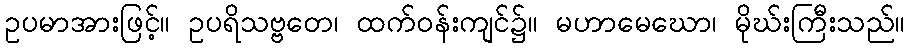
ဥပမာအားဖြင့်။ ဥပရိသဗ္ဗတေ၊ ထက်ဝန်းကျင်၌။ မဟာမေဃော၊ မိုဃ်းကြီးသည်။